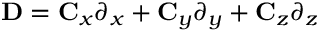
{ \bf { D } } = { { \bf { C } } _ { x } } { \partial _ { x } } + { { \bf { C } } _ { y } } { \partial _ { y } } + { { \bf { C } } _ { z } } { \partial _ { z } }